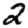
Digit: 2